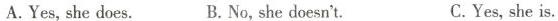
A.Yes,she does.B.No,she doesn't. C.Yes,she is.